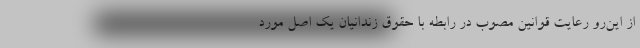
از این‌رو رعایت قوانین مصوب در رابطه با حقوق زندانیان یک اصل مورد